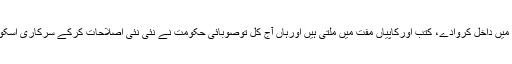
اس سے تواچھاہے بچوں کو سرکاری اسکول میں داخل کروادے، کتب اورکاپیاں مفت میں ملتی ہیں اورہاں آج کل توصوبائی حکومت نے نئی نئی اصلاحات کرکے سرکاری اسکولوں میں تعلیم کے معیارکوبہت بلندکردیاہے۔